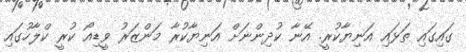
ގައިގައި ތަޅައި އަނިޔާކުރީ. އޭނާ ކުދިންނަށް އަނިޔާކުރާ މަންޒަރު ވީޑިއޯ ކުރީ ކްލާހުގައި